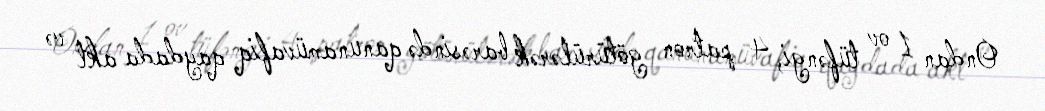
Ondan 1 ov tüfəngi, 4 patron götürülərək barəsində qanunamüvafiq qaydada akt və